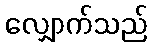
လျှောက်သည်